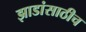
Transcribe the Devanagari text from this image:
झाडांसाठीच